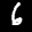
Label: 6